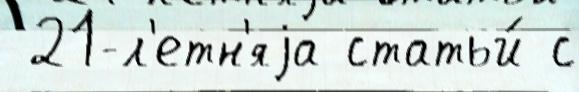
 21-л'етн'яjа статьи́ с